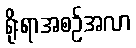
ရိုးရာအစဉ်အလာ